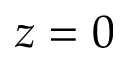
z = 0